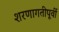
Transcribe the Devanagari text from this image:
शरणागतीपूर्वी